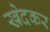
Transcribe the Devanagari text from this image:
खेदकर